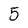
Character: 5